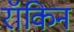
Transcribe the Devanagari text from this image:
रॉकिन